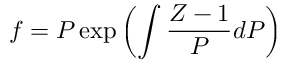
f = P \exp \left( \int { \frac { Z - 1 } { P } } d P \right)